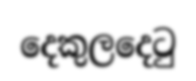
දෙකුලදෙටු